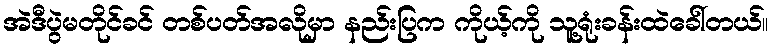
အဲဒီပွဲမတိုင်ခင် တစ်ပတ်အလိုမှာ နည်းပြက ကိုယ့်ကို သူ့ရုံးခန်းထဲခေါ်တယ်။